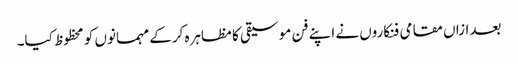
بعدازاں مقامی فنکاروں نے اپنے فن موسیقی کا مظاہرہ کرکے مہمانوں کو محظوظ کیا۔